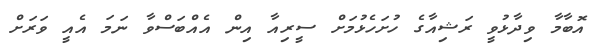
އޮބާމާ ވިދާޅުވީ ރަޝިއާގެ ހުށަހެޅުމަށް ސީރިއާ އިން އެއްބަސްވާ ނަމަ އެއީ ވަރަށް